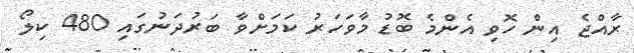
ރާއްޖެ އިން ހޮވި އެންމެ ބޮޑު މާވަހަރު ކަމަށްވާ ބަރުދަނުގައި 480 ކިލޯ